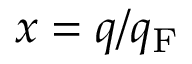
\boldsymbol { x } = \boldsymbol { q } / q _ { \mathrm { F } }